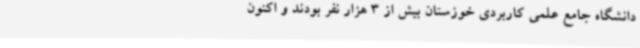
دانشگاه جامع علمی کاربردی خوزستان بیش از 3 ‌هزار نفر بودند و اکنون